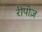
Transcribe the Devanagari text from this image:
रीपोज़